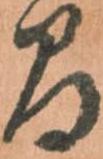
間